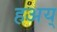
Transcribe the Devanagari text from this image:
हअय्